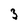
Character: 3